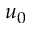
u _ { 0 }